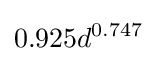
0.925d^{0.747}